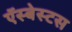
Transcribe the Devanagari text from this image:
ऍस्बेस्टस